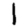
Digit: 1